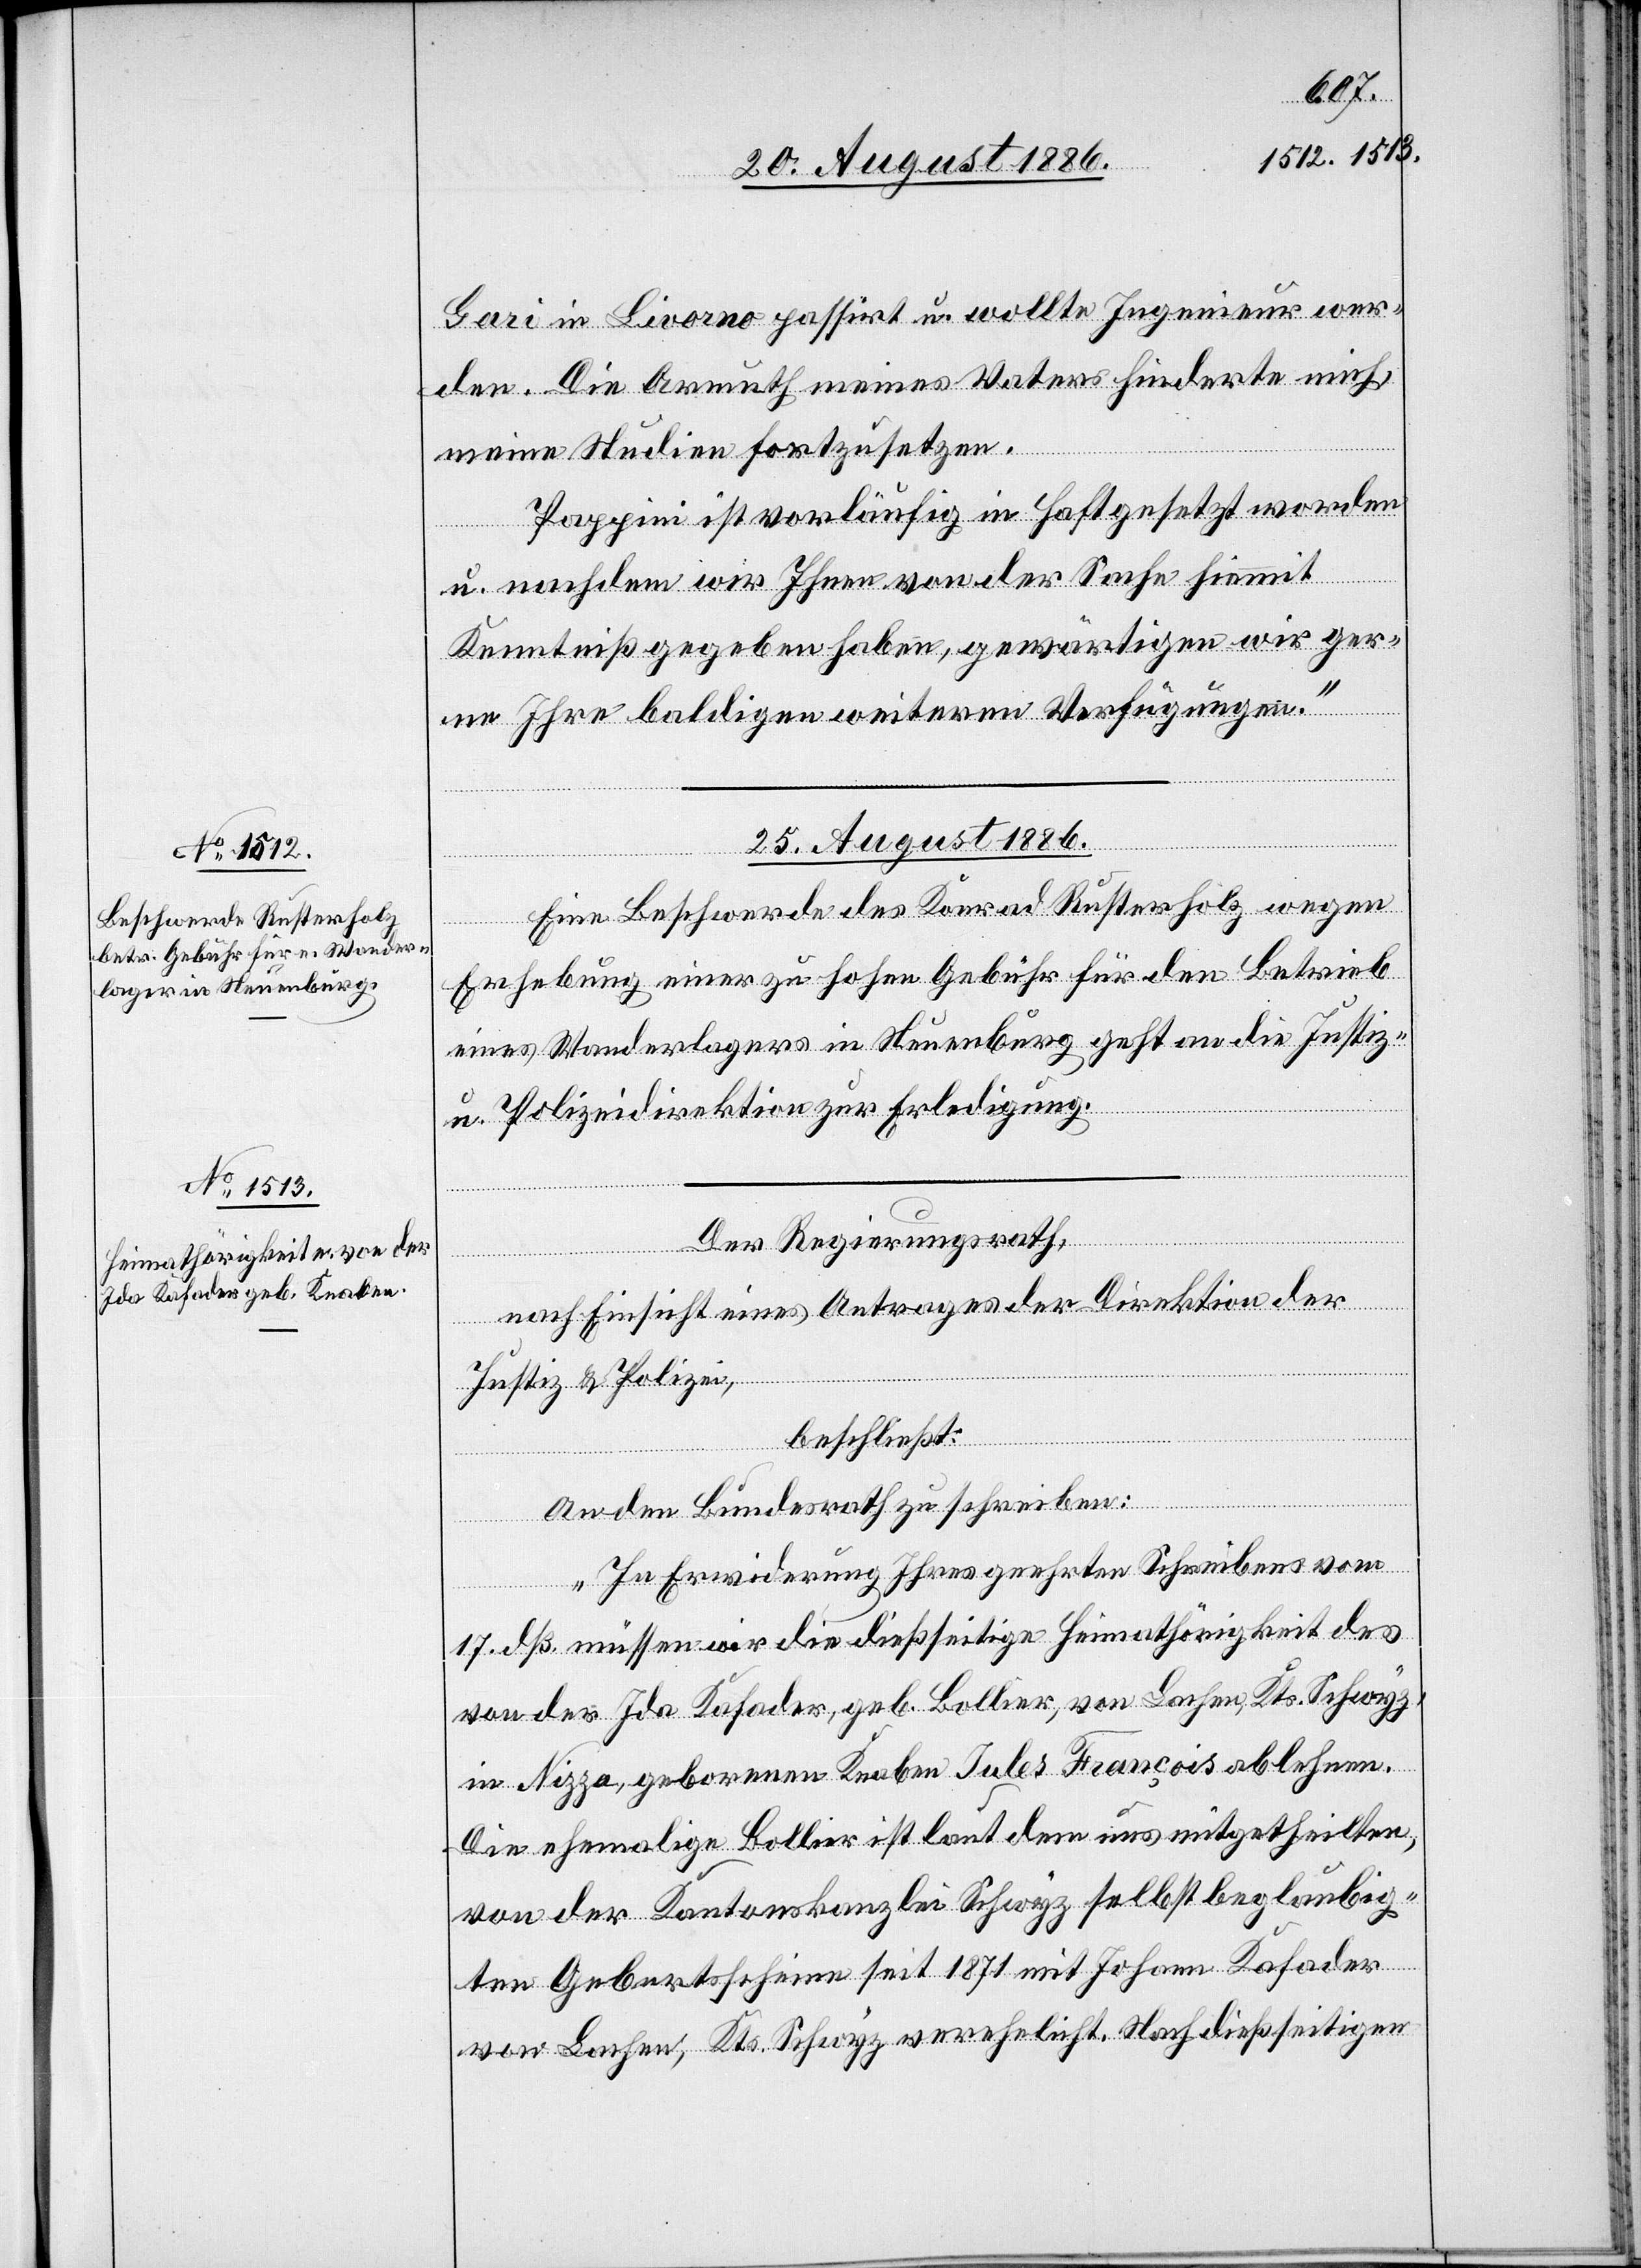
Gari in Livorno passirt u. wollte Ingenieur wer¬
den. Die Armuth meines Vaters hinderte mich,
meine Studien fortzusetzen.
Pappini ist vorläufig in Haft gesetzt worden
u. nachdem wir Ihnen von der Sache hiemit
Kenntniß gegeben haben, gewärtigen wir ger¬
ne Ihre baldigen weiteren Verfügungen.“
25. August 1886.]
Eine Beschwerde des Konrad Rusterholz wegen
Erhebung einer zu hohen Gebühr für den Betrieb
eines Wanderlagers in Neuenburg geht an die Justiz-
& Polizeidirektion zur Erledigung.
Der Regierungsrath,
nach Einsicht eines Antrages der Direktion der
Justiz & Polizei,
beschließt:
An den Bundesrath zu schreiben:
„In Erwiderung Ihres geehrten Schreibens vom
17. dß. müssen wir die dießseitige Heimathörigkeit des
von der Ida Kafader, geb. Bollier, von Lachen, Kts. Schwyz,
in Nizza, geborenen Jules François ablehnen.
Die ehemalige Bollier ist laut dem uns mitgetheilten,
von der Kantonskanzlei Schwyz selbst beglaubig¬
ten Geburtsscheine seit 1871 mit Johann Kafader
von Lachen, Kts. Schwyz verehelicht. Nach dießseitigen